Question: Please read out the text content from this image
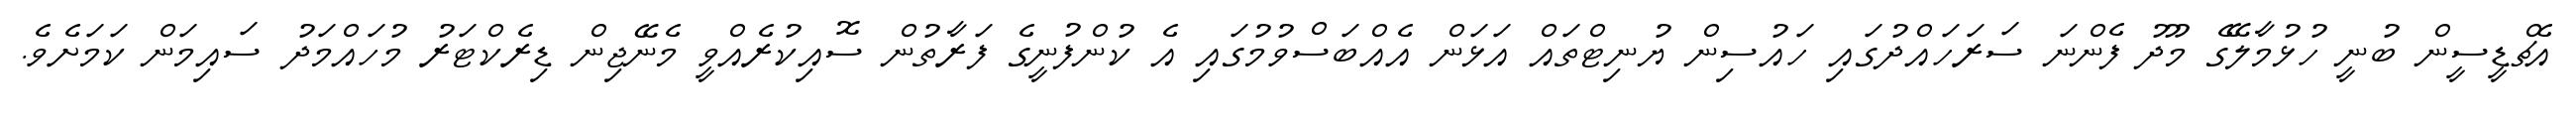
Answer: އެޗްޑީސީން ބުނީ ހުޅުމާލޭގެ މޫދު ފެންނަ ސަރަހައްދުގައި ހައުސިން ޔުނިޓްތައް އަޅަން އެއްބަސްވުމުގައި އެ ކުންފުނީގެ ފަރާތުން ސޮއިކުރެއްވީ މެނޭޖިން ޑިރެކްޓަރު މުހައްމަދު ސައިމަން ކަމަށެވެ.